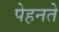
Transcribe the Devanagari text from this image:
पेहनते